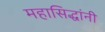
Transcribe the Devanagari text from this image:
महासिद्धांनी